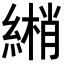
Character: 𦄏